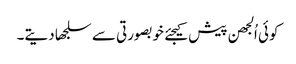
کوئی اُلجھن پیش کیجئے خوبصورتی سے سلجھا دیتے۔